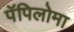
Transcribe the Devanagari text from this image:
पॅपिलोमा